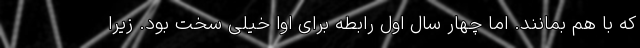
که با هم بمانند. اما چهار سال اول رابطه برای اوا خیلی سخت بود. زیرا